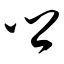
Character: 乡